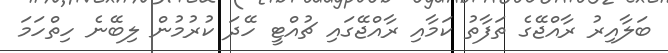
ބަލާއިރު ރާއްޖޭގެ ތަފާތު ކަމާއި ރާއްޖޭގައި ޗުއްޓީ ހޭދަ ކުރުމުން ލިބޭނެ ހިތްހަމަ